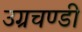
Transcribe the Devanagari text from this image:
उग्रचण्डी